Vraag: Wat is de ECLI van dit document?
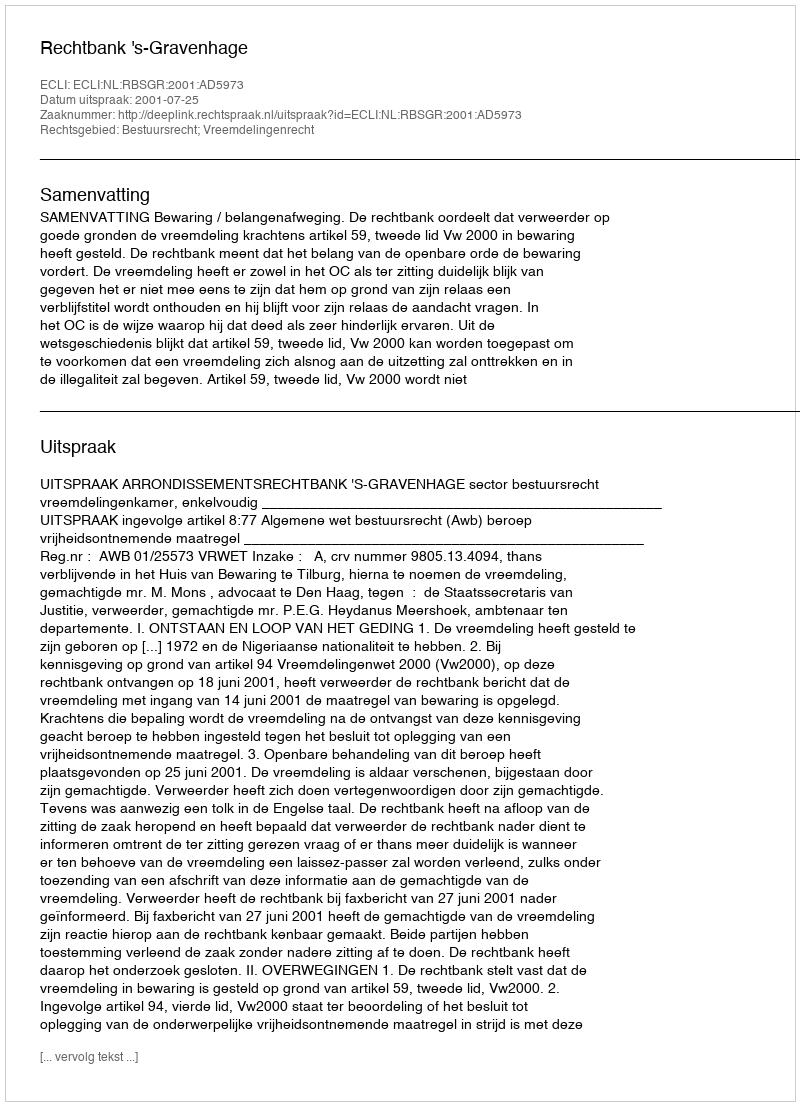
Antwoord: ECLI:NL:RBSGR:2001:AD5973